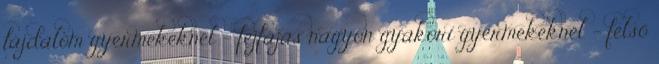
fájdalom gyermekeknél - fejfájás nagyon gyakori gyermekeknél - felső